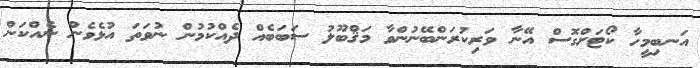
އަނބިމީހާ ކޯޓަށްގޮސް އޭނާ ވަރިކުރަންބޭނުންވާ މަޤްބޫލު ސަބަބެއް ދެއްކުމުން ނުވަތަ އުޅެވެން ނެއްކަން